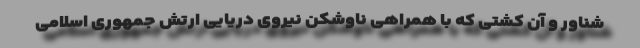
شناور و آن کشتی که با همراهی ناوشکن نیروی دریایی ارتش جمهوری اسلامی